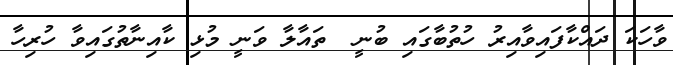
ވާހަކަ ދައްކާފައިވާއިރު ހުތުބާގައި ބުނީ  ތައާލާ ވަނީ މުޅި ކާއިނާތުގައިވާ ހުރިހާ